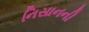
નિસાનની